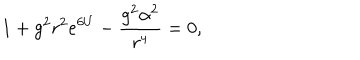
LaTeX: 1 + g ^ { 2 } r ^ { 2 } e ^ { 6 U } - \frac { g ^ { 2 } \alpha ^ { 2 } } { r ^ { 4 } } = 0 ,